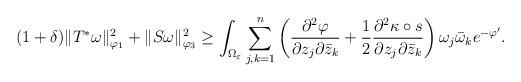
LaTeX: \begin{align*}(1+\delta)\|T^\ast \omega\|_{\varphi_1}^2 + \|S\omega\|_{\varphi_3}^2 \ge \int_{\Omega_\varepsilon} \sum_{j,k=1}^n \left(\frac{\partial^2\varphi}{\partial z_j\partial \bar{z}_k}+\frac12 \frac{\partial^2\kappa\circ s}{\partial z_j\partial \bar{z}_k}\right)\omega_j\bar{\omega}_k e^{-\varphi'}.\end{align*}